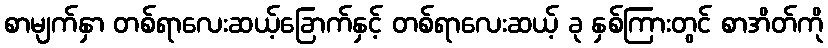
စာမျက်နှာ တစ်ရာလေးဆယ့်ခြောက်နှင့် တစ်ရာလေးဆယ့် ခု နှစ်ကြားတွင် စာအိတ်ကို